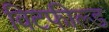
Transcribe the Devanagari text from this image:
विटफील्ड